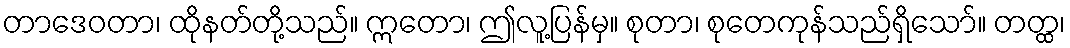
တာဒေဝတာ၊ ထိုနတ်တို့သည်။ ဣတော၊ ဤလူ့ပြန်မှ။ စုတာ၊ စုတေကုန်သည်ရှိသော်။ တတ္ထ၊